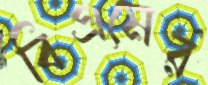
বিএমের